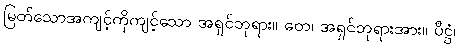
မြတ်သောအကျင့်ကိုကျင့်သော အရှင်ဘုရား။ တေ၊ အရှင်ဘုရားအား။ ပီဋ္ဌံ၊